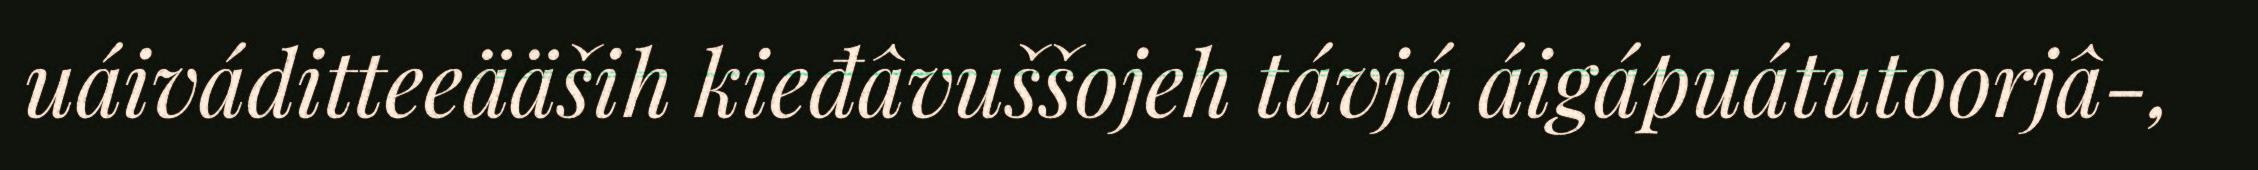
uáiváditteeääših kieđâvuššojeh távjá áigápuátutoorjâ-,